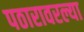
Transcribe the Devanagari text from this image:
पठारावरल्या